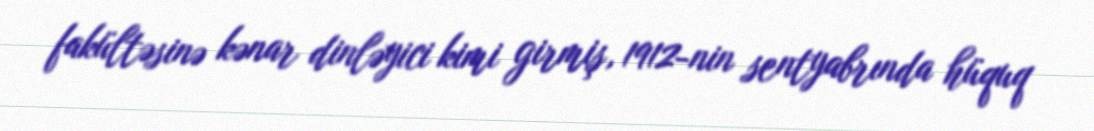
fakültəsinə kənar dinləyici kimi girmiş, 1912-nin sentyabrında hüquq